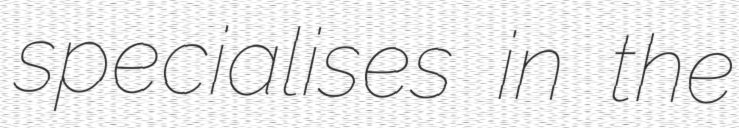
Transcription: specialises in the